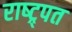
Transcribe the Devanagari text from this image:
राष्ट्र्पत